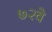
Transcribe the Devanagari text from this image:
७२वे